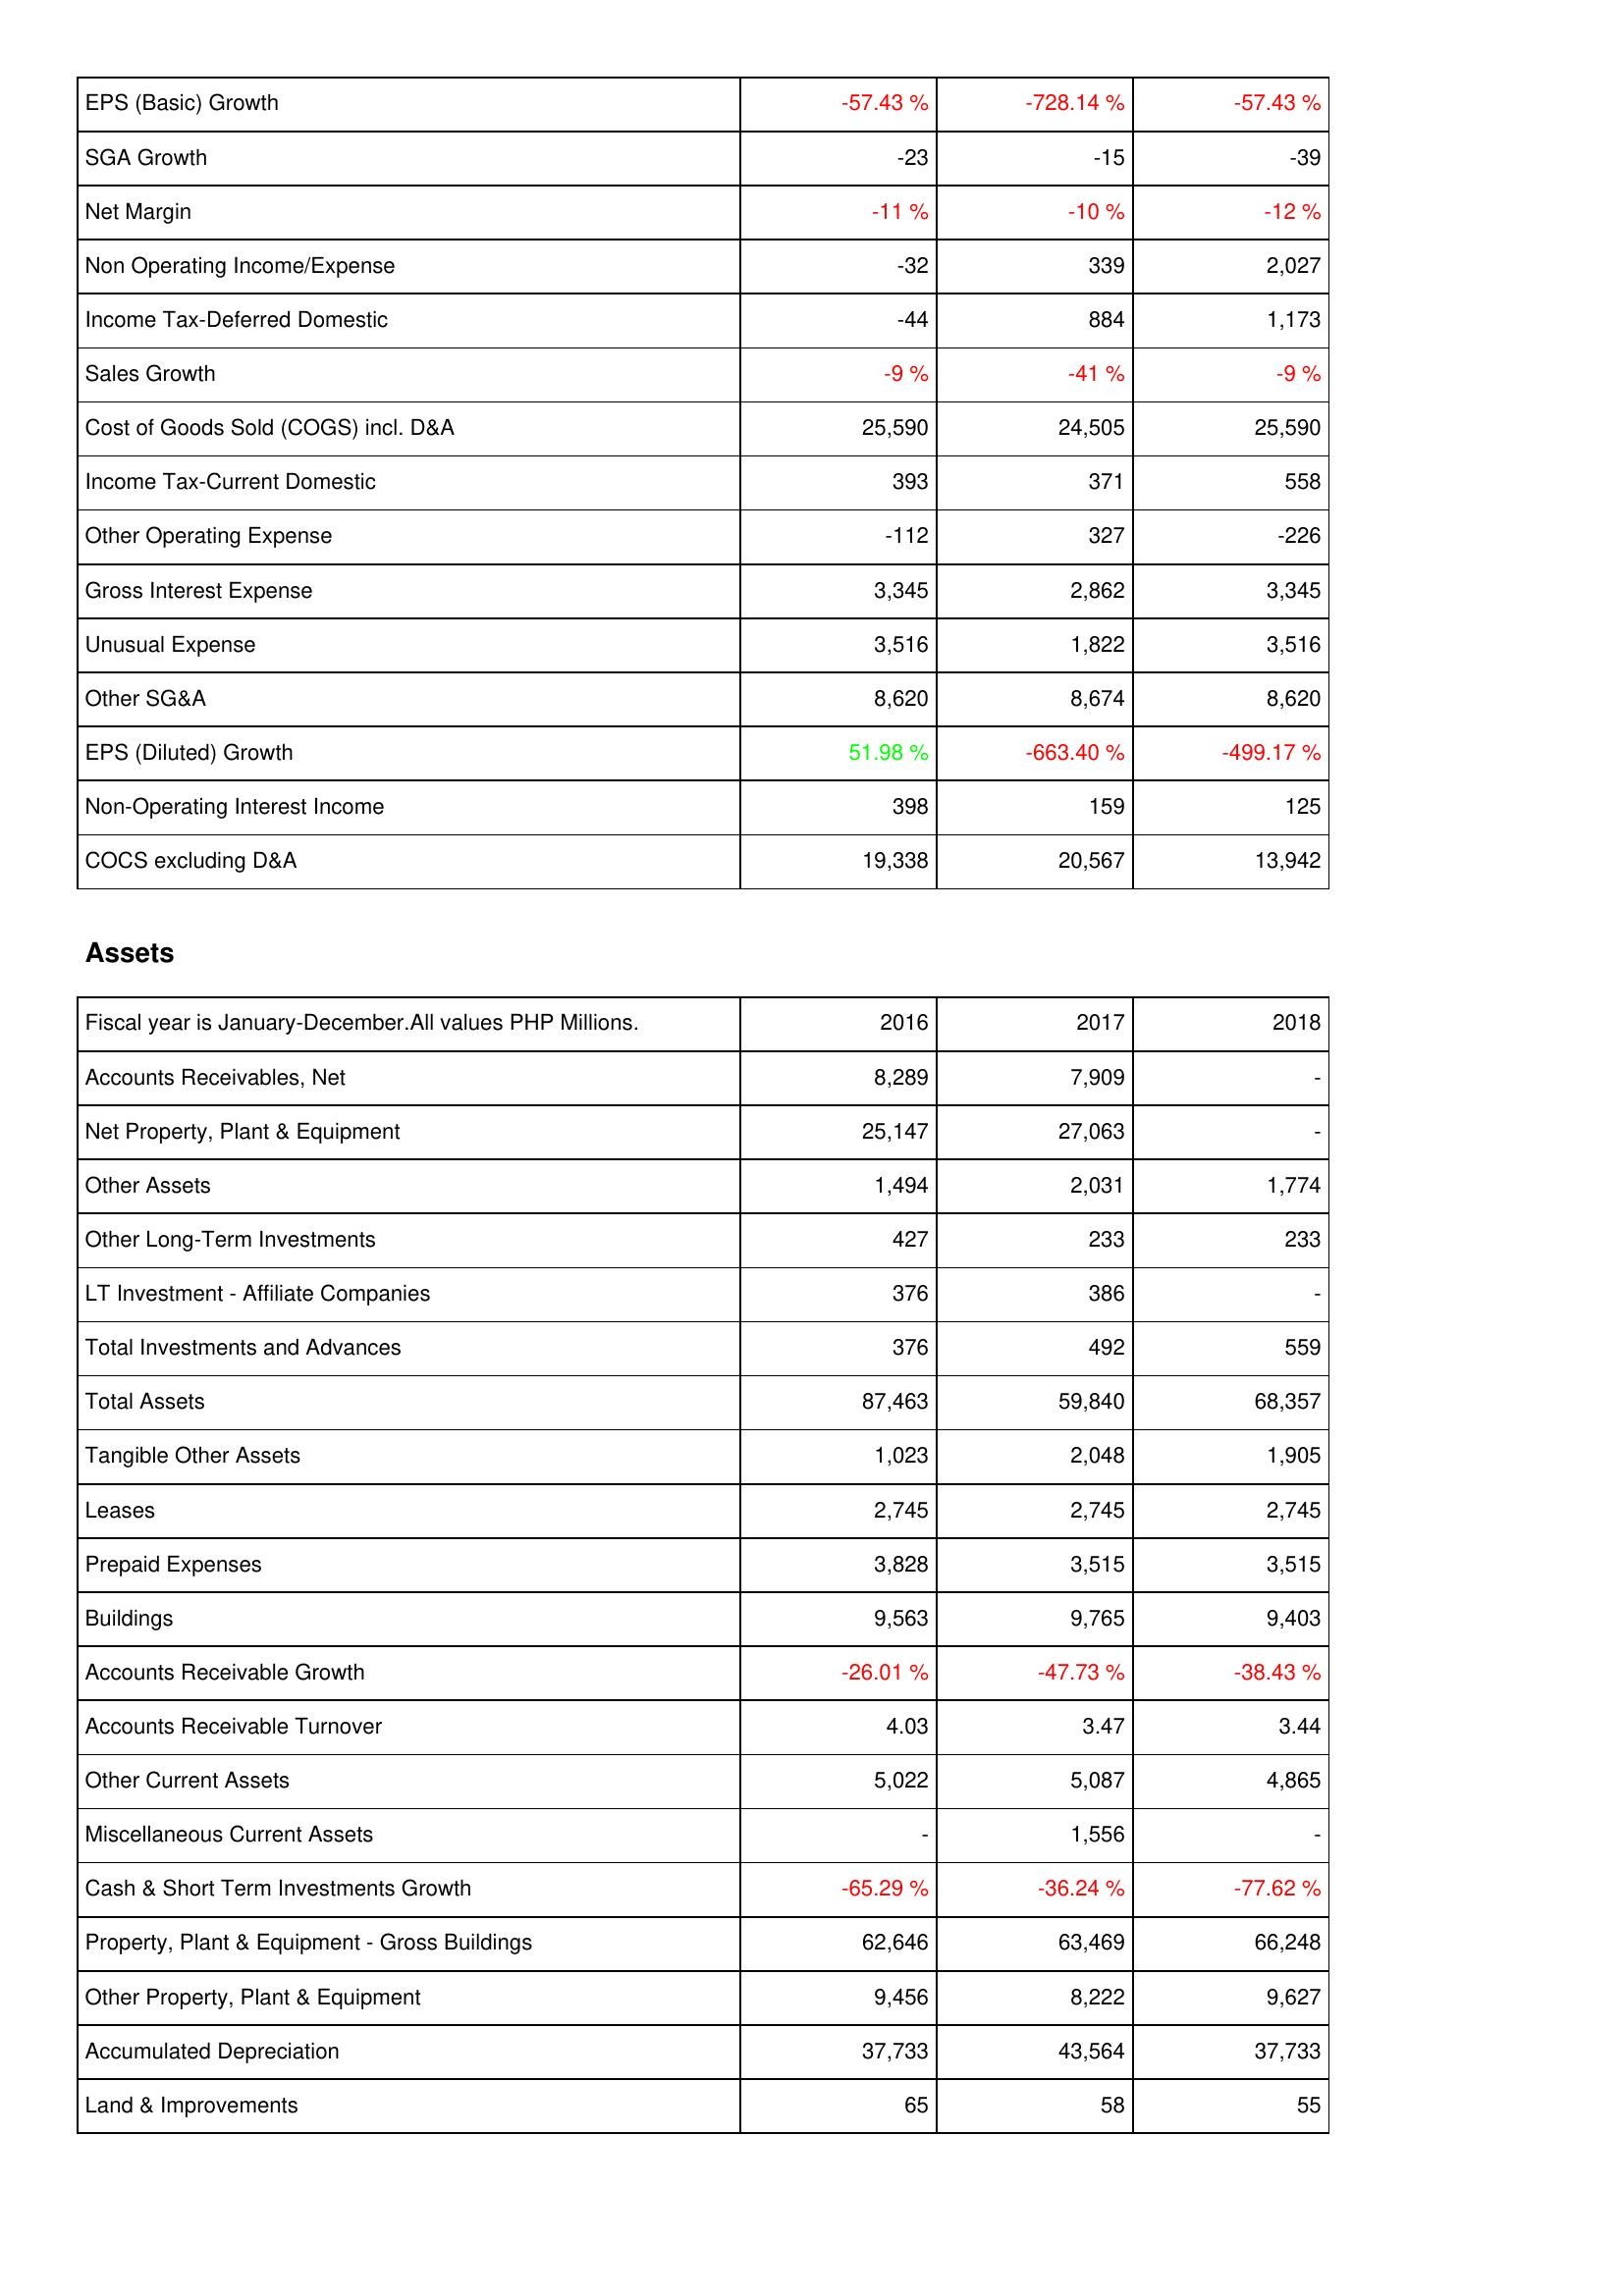
2016: Income Statement: EPS (Basic) Growth: -57.43 %
SGA Growth: -23
Net Margin: -11 %
Non Operating Income/Expense: -32
Income Tax-Deferred Domestic: -44
Sales Growth: -9 %
Cost of Goods Sold (COGS) incl. D&A: 25,590
Income Tax-Current Domestic: 393
Other Operating Expense: -112
Gross Interest Expense: 3,345
Unusual Expense: 3,516
Other SG&A: 8,620
EPS (Diluted) Growth: 51.98 %
Non-Operating Interest Income: 398
COCS excluding D&A: 19,338
Assets: Accounts Receivables, Net: 8,289
Net Property, Plant & Equipment: 25,147
Other Assets: 1,494
Other Long-Term Investments: 427
LT Investment - Affiliate Companies: 376
Total Investments and Advances: 376
Total Assets: 87,463
Tangible Other Assets: 1,023
Leases: 2,745
Prepaid Expenses: 3,828
Buildings: 9,563
Accounts Receivable Growth: -26.01 %
Accounts Receivable Turnover: 4.03
Other Current Assets: 5,022
Miscellaneous Current Assets: -
Cash & Short Term Investments Growth: -65.29 %
Property, Plant & Equipment - Gross Buildings: 62,646
Other Property, Plant & Equipment: 9,456
Accumulated Depreciation: 37,733
Land & Improvements: 65
2017: Income Statement: EPS (Basic) Growth: -728.14 %
SGA Growth: -15
Net Margin: -10 %
Non Operating Income/Expense: 339
Income Tax-Deferred Domestic: 884
Sales Growth: -41 %
Cost of Goods Sold (COGS) incl. D&A: 24,505
Income Tax-Current Domestic: 371
Other Operating Expense: 327
Gross Interest Expense: 2,862
Unusual Expense: 1,822
Other SG&A: 8,674
EPS (Diluted) Growth: -663.40 %
Non-Operating Interest Income: 159
COCS excluding D&A: 20,567
Assets: Accounts Receivables, Net: 7,909
Net Property, Plant & Equipment: 27,063
Other Assets: 2,031
Other Long-Term Investments: 233
LT Investment - Affiliate Companies: 386
Total Investments and Advances: 492
Total Assets: 59,840
Tangible Other Assets: 2,048
Leases: 2,745
Prepaid Expenses: 3,515
Buildings: 9,765
Accounts Receivable Growth: -47.73 %
Accounts Receivable Turnover: 3.47
Other Current Assets: 5,087
Miscellaneous Current Assets: 1,556
Cash & Short Term Investments Growth: -36.24 %
Property, Plant & Equipment - Gross Buildings: 63,469
Other Property, Plant & Equipment: 8,222
Accumulated Depreciation: 43,564
Land & Improvements: 58
2018: Income Statement: EPS (Basic) Growth: -57.43 %
SGA Growth: -39
Net Margin: -12 %
Non Operating Income/Expense: 2,027
Income Tax-Deferred Domestic: 1,173
Sales Growth: -9 %
Cost of Goods Sold (COGS) incl. D&A: 25,590
Income Tax-Current Domestic: 558
Other Operating Expense: -226
Gross Interest Expense: 3,345
Unusual Expense: 3,516
Other SG&A: 8,620
EPS (Diluted) Growth: -499.17 %
Non-Operating Interest Income: 125
COCS excluding D&A: 13,942
Assets: Accounts Receivables, Net: -
Net Property, Plant & Equipment: -
Other Assets: 1,774
Other Long-Term Investments: 233
LT Investment - Affiliate Companies: -
Total Investments and Advances: 559
Total Assets: 68,357
Tangible Other Assets: 1,905
Leases: 2,745
Prepaid Expenses: 3,515
Buildings: 9,403
Accounts Receivable Growth: -38.43 %
Accounts Receivable Turnover: 3.44
Other Current Assets: 4,865
Miscellaneous Current Assets: -
Cash & Short Term Investments Growth: -77.62 %
Property, Plant & Equipment - Gross Buildings: 66,248
Other Property, Plant & Equipment: 9,627
Accumulated Depreciation: 37,733
Land & Improvements: 55